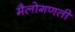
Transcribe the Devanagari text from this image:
मैलोगणती